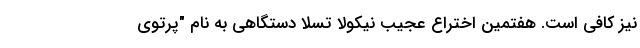
نیز کافی است. هفتمین اختراع عجیب نیکولا تسلا دستگاهی به نام "پرتوی